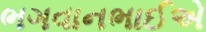
ભગવાનભાઈએ